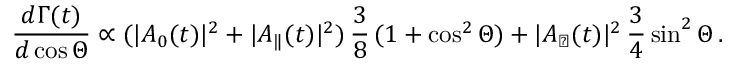
\frac { d \Gamma ( t ) } { d \cos \Theta } \propto ( | A _ { 0 } ( t ) | ^ { 2 } + | A _ { \| } ( t ) | ^ { 2 } ) \, \frac { 3 } { 8 } \, ( 1 + \cos ^ { 2 } \Theta ) + | A _ { \perp } ( t ) | ^ { 2 } \, \frac { 3 } { 4 } \sin ^ { 2 } \Theta \, .